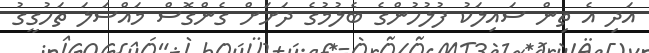
އަދި އެ ތިން ސައިލަކު ފުލުހުންގެ ބެލުމުގެ ދަށަށް ގެންގޮސް މައްސަލަ ތަހުގީގު